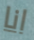
انا